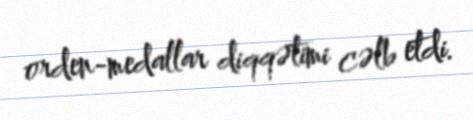
orden-medallar diqqətimi cəlb etdi.